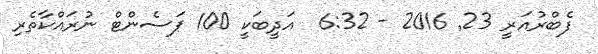
ފެބްރުއަރީ 23